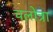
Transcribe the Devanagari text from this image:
चलोत्रा